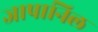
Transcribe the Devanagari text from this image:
जापानिल